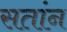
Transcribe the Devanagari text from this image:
सतांन